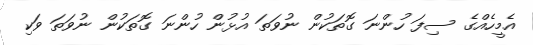
އެމީހެއްގެ ސިފަ ހުންނަ ގޮތަކުން ނުވަތަ އުޅުން ހުންނަ ގޮތަކުން ނުވަތަ ވަކި